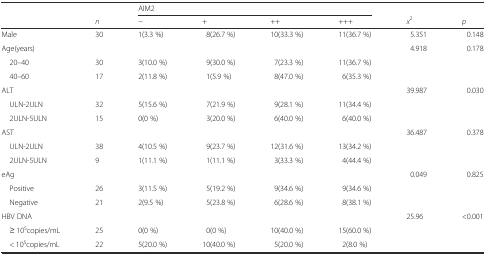
|  |  | <COLSPAN=4> AIM2 |  |  |
 |  | n | − | + | ++ | +++ | x2 | p |
 | --- | --- | --- | --- | --- | --- | --- | --- |
 | Male | 30 | 1(3.3 %) | 8(26.7 %) | 10(33.3 %) | 11(36.7 %) | 5.351 | 0.148 |
 | Age(years) |  |  |  |  |  | 4.918 | 0.178 |
 | 20–40 | 30 | 3(10.0 %) | 9(30.0 %) | 7(23.3 %) | 11(36.7 %) |  |  |
 | 40–60 | 17 | 2(11.8 %) | 1(5.9 %) | 8(47.0 %) | 6(35.3 %) |  |  |
 | ALT |  |  |  |  |  | 39.987 | 0.030 |
 | ULN-2ULN | 32 | 5(15.6 %) | 7(21.9 %) | 9(28.1 %) | 11(34.4 %) |  |  |
 | 2ULN-5ULN | 15 | 0(0 %) | 3(20.0 %) | 6(40.0 %) | 6(40.0 %) |  |  |
 | AST |  |  |  |  |  | 36.487 | 0.378 |
 | ULN-2ULN | 38 | 4(10.5 %) | 9(23.7 %) | 12(31.6 %) | 13(34.2 %) |  |  |
 | 2ULN-5ULN | 9 | 1(11.1 %) | 1(11.1 %) | 3(33.3 %) | 4(44.4 %) |  |  |
 | eAg |  |  |  |  |  | 0.049 | 0.825 |
 | Positive | 26 | 3(11.5 %) | 5(19.2 %) | 9(34.6 %) | 9(34.6 %) |  |  |
 | Negative | 21 | 2(9.5 %) | 5(23.8 %) | 6(28.6 %) | 8(38.1 %) |  |  |
 | HBV DNA |  |  |  |  |  | 25.96 | <0.001 |
 | ≥ 105copies/mL | 25 | 0(0 %) | 0(0 %) | 10(40.0 %) | 15(60.0 %) |  |  |
 | < 105copies/mL | 22 | 5(20.0 %) | 10(40.0 %) | 5(20.0 %) | 2(8.0 %) |  |  |